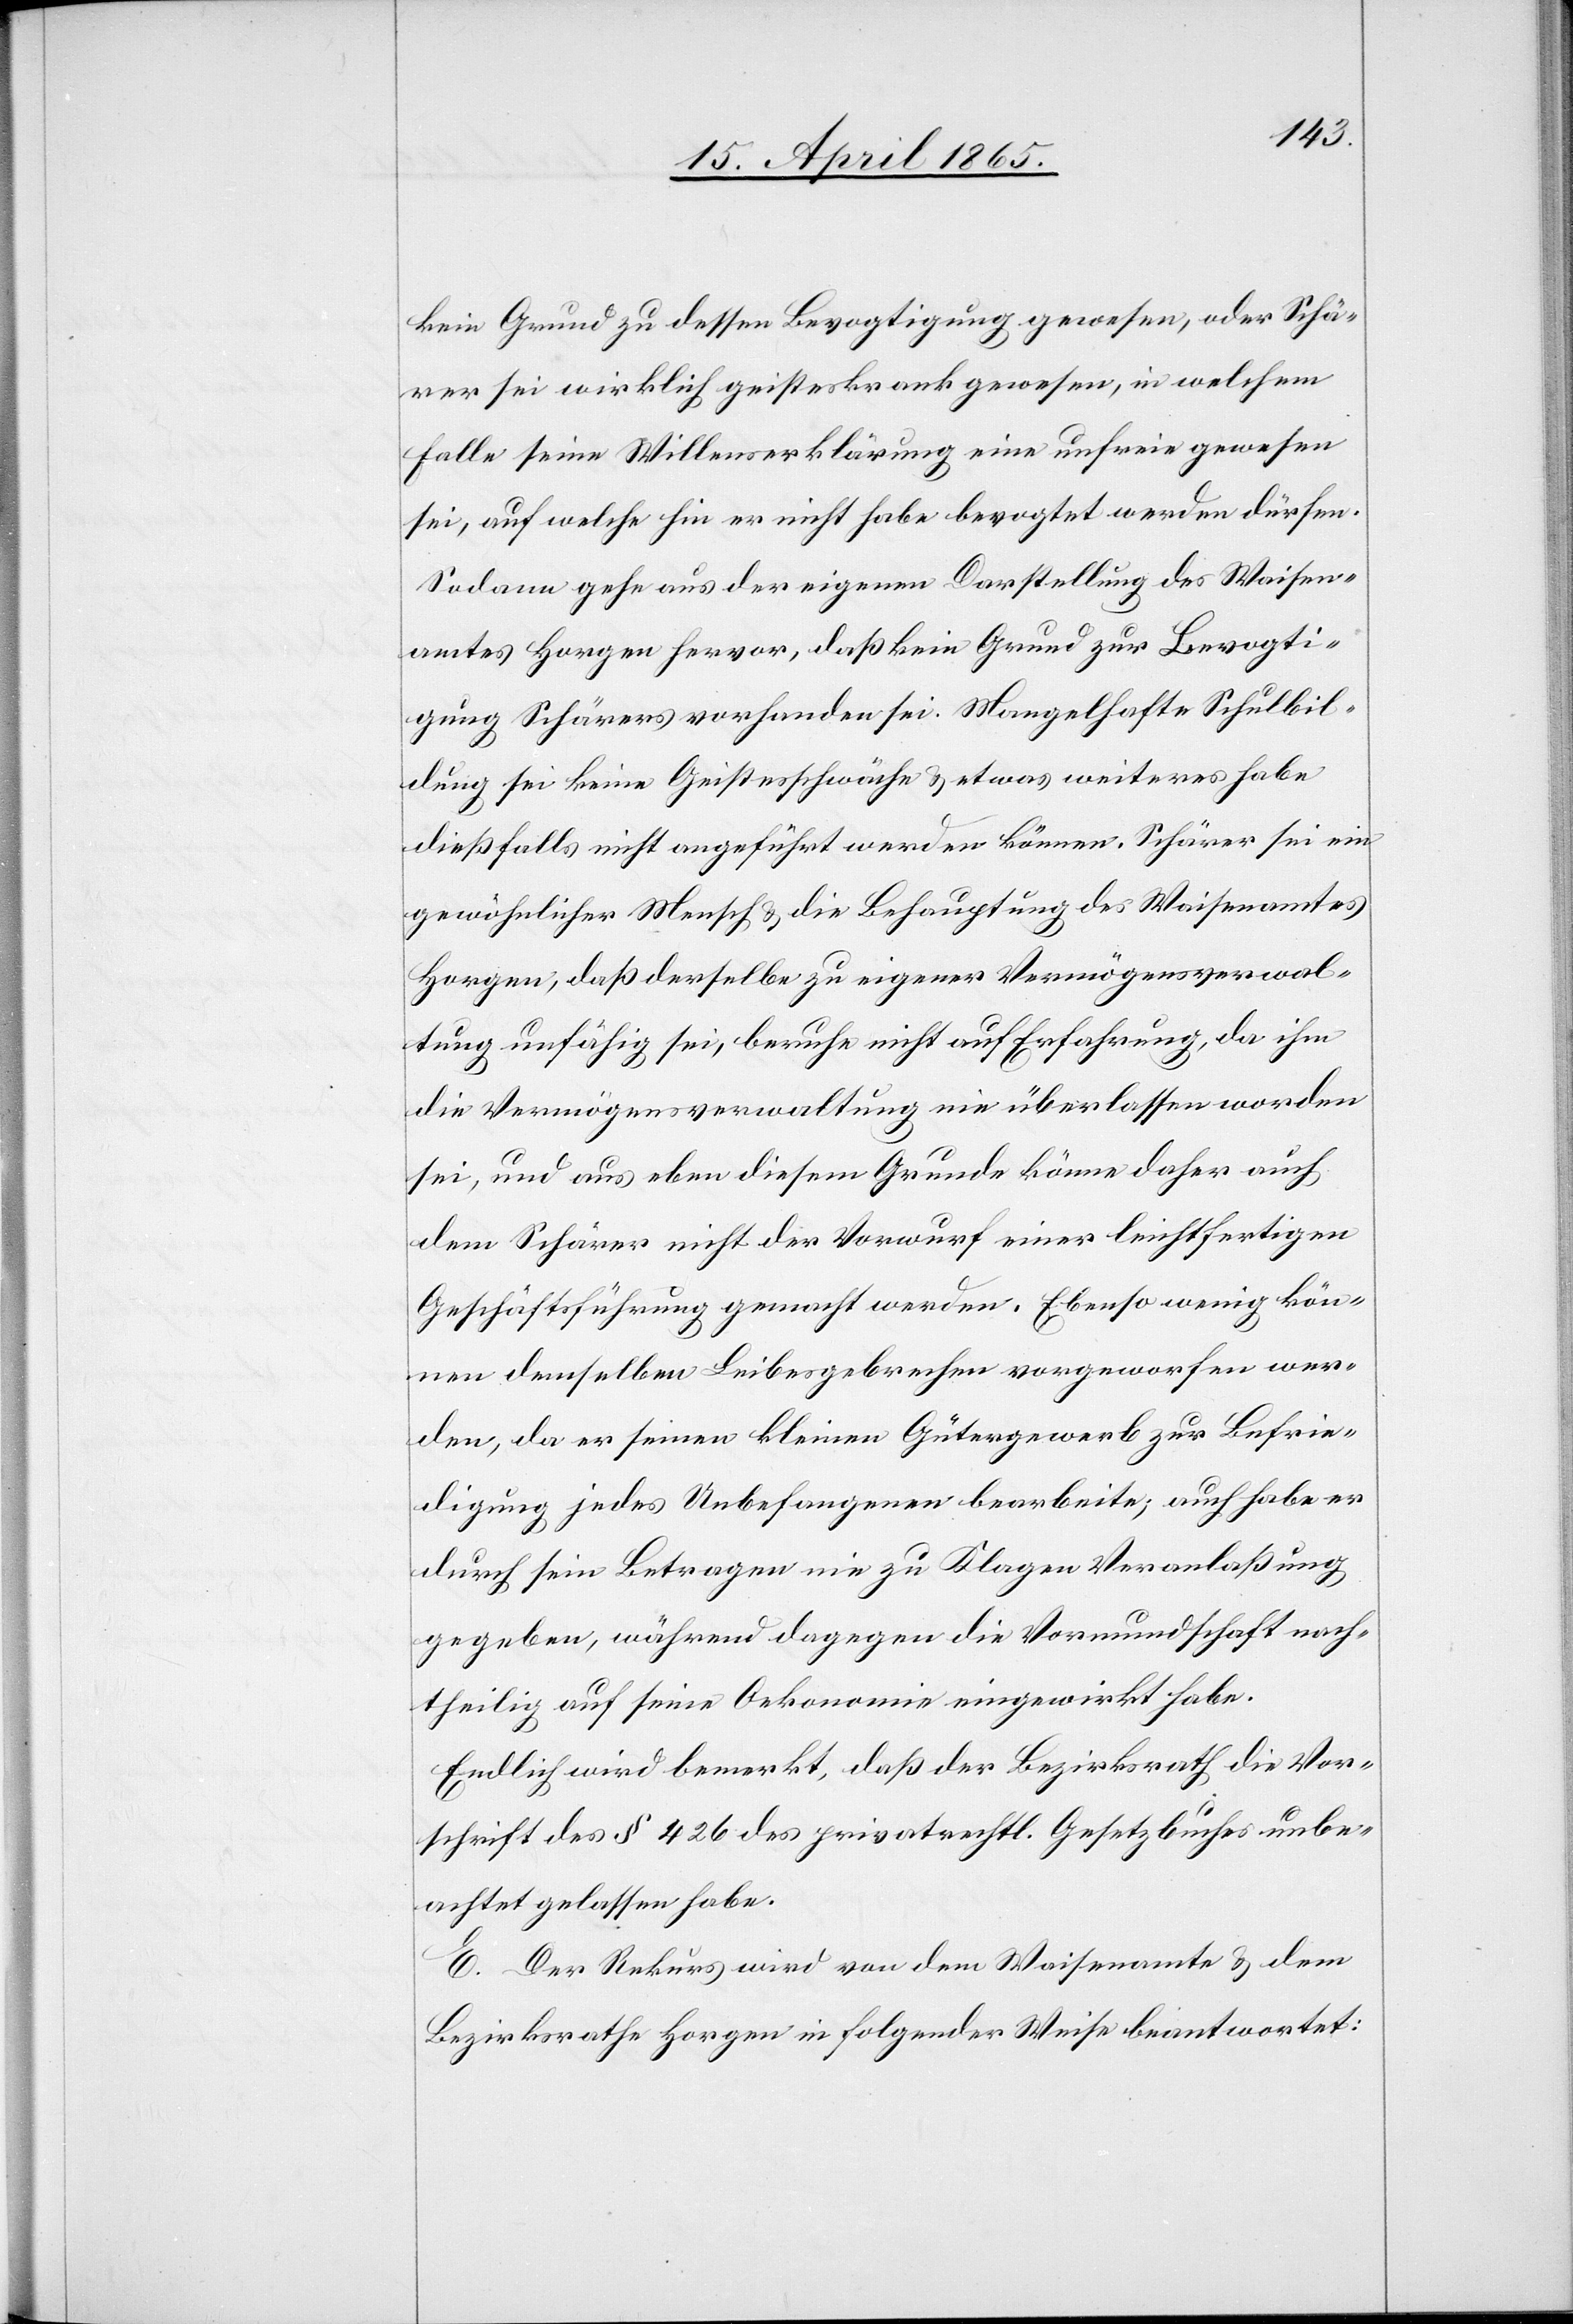
kein Grund zu dessen Bevogtigung gewesen, oder Schä¬
rer sei wirklich geisteskrank gewesen, in welchem
Falle seine Willenserklärung eine unfreie gewesen
sei, auf welche hin er nicht habe bevogtet werden dürfen.
Sodann gehe aus der eigenen Darstellung des Waisen¬
amtes Horgen hervor, daß kein Grund zur Bevogti¬
gung Schärers vorhanden sei. Mangelhafte Schulbil¬
dung sei keine Geistesschwäche & etwas weiteres habe
dießfalls nicht angeführt werden können. Schärer sei ein
gewöhnlicher Mensch & die Behauptung des Waisenamtes
Horgen, daß derselbe zu eigener Vermögensverwal¬
tung unfähig sei, beruhe nicht auf Erfahrung, da ihm
die Vermögensverwaltung nie überlassen worden
sei, und aus eben diesem Grunde könne daher auch
dem Schärer nicht der Vorwurf einer leichtfertigen
Geschäftsführung gemacht werden. Ebenso wenig kön¬
nen demselben Leibesgebrechen vorgeworfen wer¬
den, da er seinen kleinen Gütergewerb zur Befrie¬
digung jedes Unbefangenen bearbeite; auch habe er
durch sein Betragen nie zu Klagen Veranlaßung
gegeben, während dagegen die Vormundschaft nach¬
theilig auf seine Oekonomie eingewirkt habe.
Endlich wird bemerkt, daß der Bezirksrath die Vor¬
schrift des § 426 des privatrechtl. Gesetzbuches unbe¬
achtet gelassen habe.
E. Der Rekurs wird von dem Waisenamte & dem
Bezirksrathe Horgen in folgender Weise beantwortet: